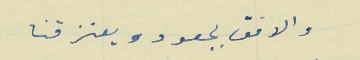
والافق بجعودو يعنزقنا